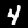
Label: 4